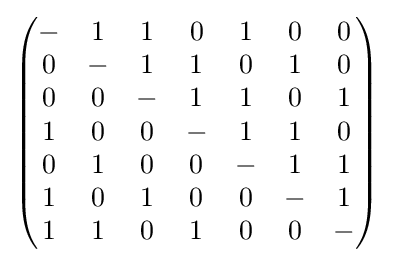
{\begin{pmatrix}-&1&1&0&1&0&0\\0&-&1&1&0&1&0\\0&0&-&1&1&0&1\\1&0&0&-&1&1&0\\0&1&0&0&-&1&1\\1&0&1&0&0&-&1\\1&1&0&1&0&0&-\end{pmatrix}}